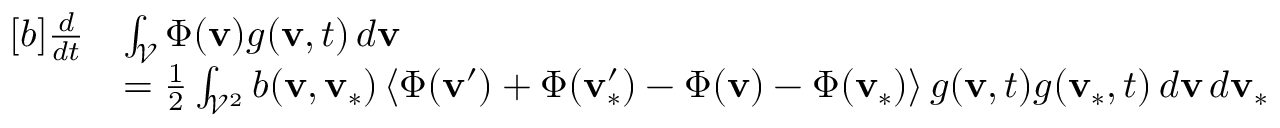
\begin{array} { r } { \begin{array} { r l } { [ b ] \frac { d } { d t } } & { \int _ { \mathcal { V } } \Phi ( \mathbf { v } ) g ( \mathbf { v } , t ) \, d \mathbf { v } } \\ & { = \frac { 1 } { 2 } \int _ { \mathcal { V } ^ { 2 } } b ( \mathbf { v } , \mathbf { v } _ { \ast } ) \left\langle \Phi ( \mathbf { v } ^ { \prime } ) + \Phi ( \mathbf { v } _ { \ast } ^ { \prime } ) - \Phi ( \mathbf { v } ) - \Phi ( \mathbf { v } _ { \ast } ) \right\rangle g ( \mathbf { v } , t ) g ( \mathbf { v } _ { \ast } , t ) \, d \mathbf { v } \, d \mathbf { v } _ { \ast } } \end{array} } \end{array}